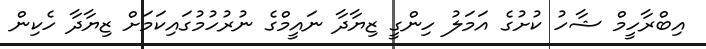
އިބްރާހީމް ޝާހު ކުށުގެ އަމަލު ހިންގީ ޒިޔާދާ ނައީމްގެ ނުރުހުމުގައިކަމަށް ޒިޔާދާ ހެކިން